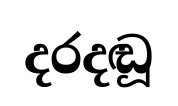
දරදඬූ